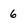
Character: 6